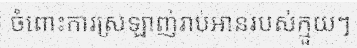
ចំពោះការស្រឡាញ់រាប់អានរបស់ក្មួយៗ